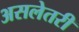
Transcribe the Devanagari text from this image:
असलेतरी